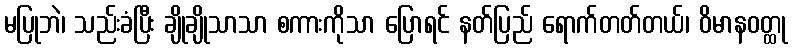
မပြုဘဲ၊ သည်းခံပြီး ချိုချိုသာသာ စကားကိုသာ ပြောရင် နတ်ပြည် ရောက်တတ်တယ်၊ ဝိမာနဝတ္ထု